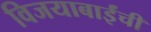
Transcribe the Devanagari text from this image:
विजयाबाईंची